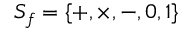
S _ { f } = \{ + , \times , - , 0 , 1 \}